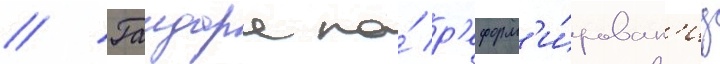
// Гаидара по́ р'еформ'и́рован'иу